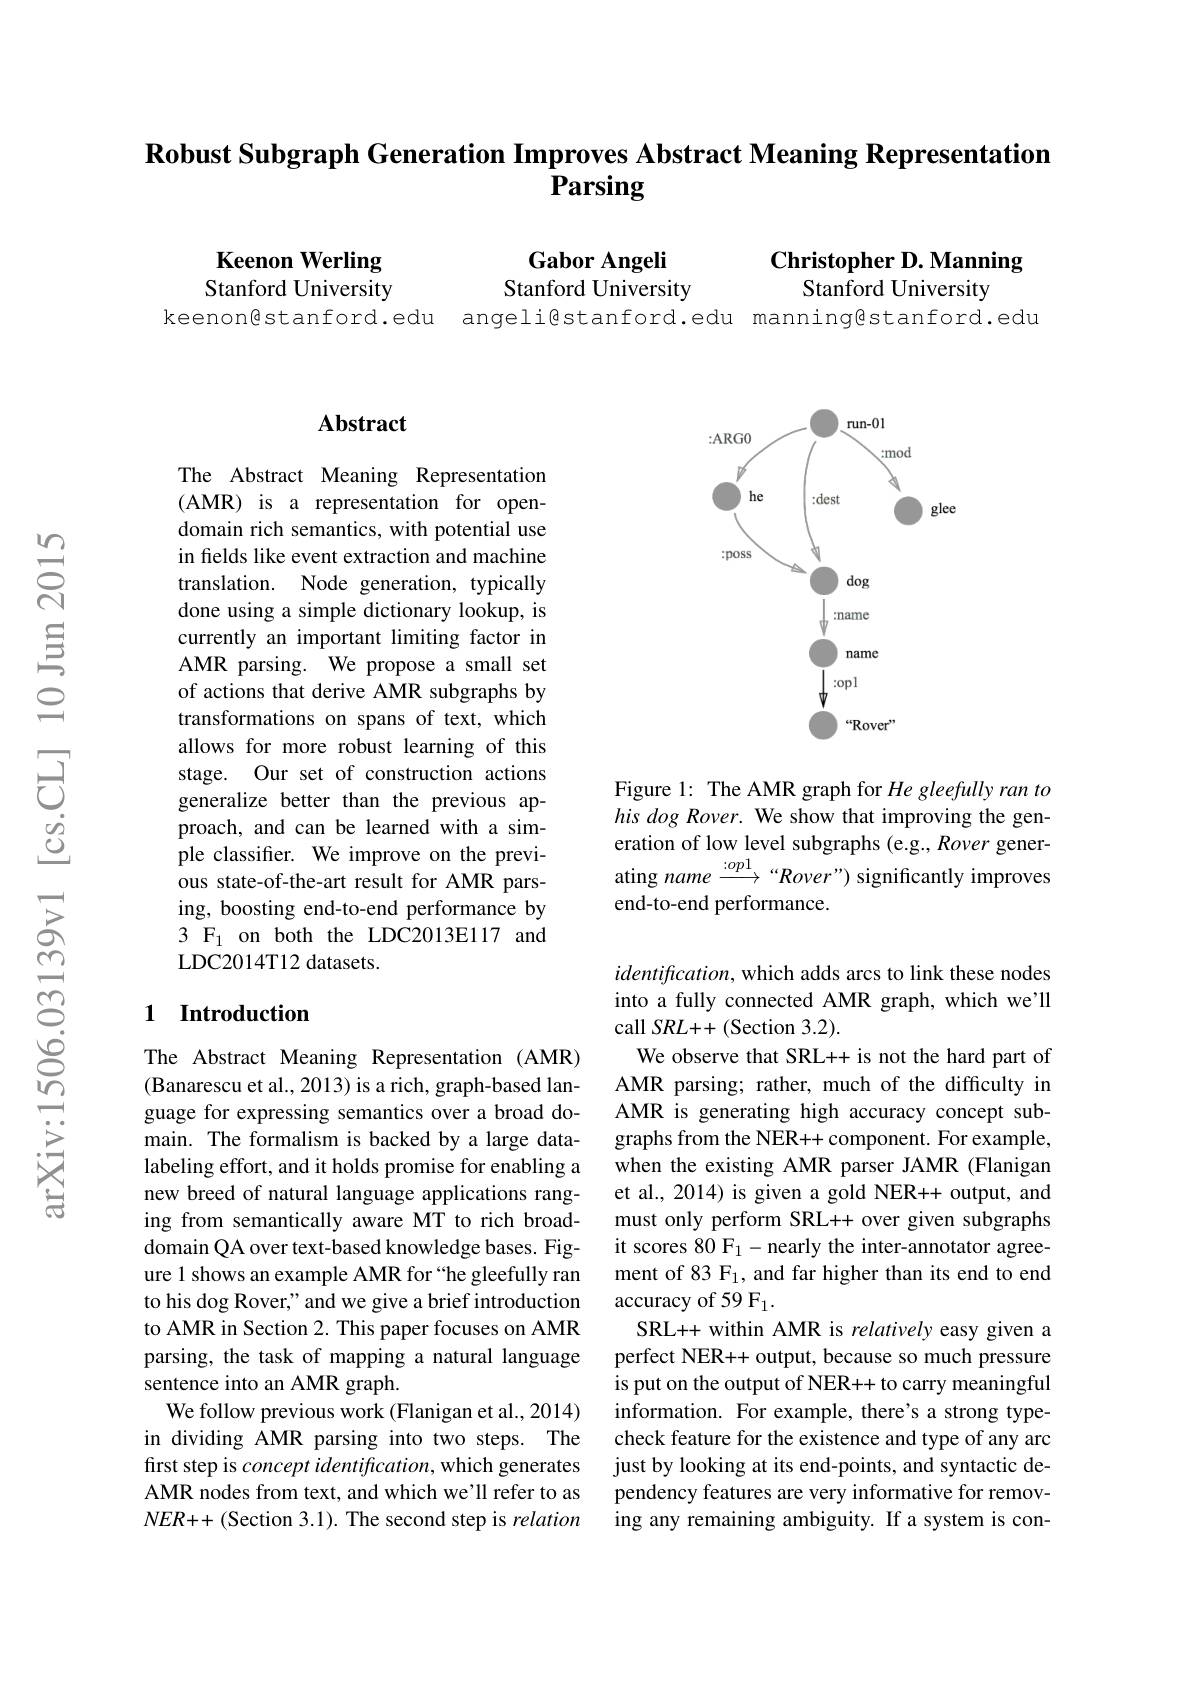
# $\textbf{Robust Subgraph Generation Improves Abstract Meaning Representation}$ Parsing

Keenon Werling

Christopher D. Manning
Stanford University

Gabor Angeli Stanford University

Stanford University

keenon@stanford.edu angeli@stanford.edu manning@stanford.edu

## Abstract

The Abstract Meaning Representation (AMR) is a representation for opendomain rich semantics, with potential use in fields like event extraction and machine translation. Node generation, typically done using a simple dictionary lookup, is currently an important limiting factor in AMR parsing. We propose a small set of actions that derive AMR subgraphs by transformations on spans of text, which allows for more robust learning of this stage. Our set of construction actions generalize better than the previous approach, and can be learned with a simple classifier. We improve on the previous state-of-the-art result for AMR parsing, boosting end-to-end performance by 3 F1 on both the LDC2013E117 and LDC2014T12 datasets.

### 1 Introduction

The Abstract Meaning Representation (AMR) (Banarescu et al., 2013) is a rich, graph-based language for expressing semantics over a broad domain. The formalism is backed by a large datalabeling effort, and it holds promise for enabling a new breed of natural language applications ranging from semantically aware MT to rich broaddomain QA over text-based knowledge bases. Figure 1 shows an example AMR for “he gleefully ran to his dog Rover," and we give a brief introduction to AMR in Section 2. This paper focuses on AMR parsing, the task of mapping a natural language sentence into an AMR graph.
We follow previous work (Flanigan et al., 2014) in dividing AMR parsing into two steps. The first step is concept identification, which generates AMR nodes from text, and which we'll refer to as $NER++($Section 3.1). The second step is relation

<FigureHere>

Figure 1: The AMR graph for He gleefully ran to his dog Rover. We show that improving the generation of low level subgraphs (e.g., Rover generating name $\xrightarrow{:op1}$ “Rover”) significantly improves end-to-end performance.

$identification$, which adds arcs to link these nodes into a fully connected AMR graph, which we'll call SRL++(Section 3.2).
We observe that SRL++ is not the hard part of AMR parsing; rather, much of the difficulty in AMR is generating high accuracy concept subgraphs from the NER++ component. For example, when the existing AMR parser JAMR (Flanigan et al., 2014) is given a gold NER++ output, and must only perform SRL++ over given subgraphs it scores 80 F$_1-$nearly the inter-annotator agreement of 83 F1, and far higher than its end to end accuracy of 59 F1.
SRL++ within AMR is relatively easy given a perfect NER++ output, because so much pressure is put on the output of NER++ to carry meaningful information. For example, there's a strong typecheck feature for the existence and type of any arc just by looking at its end-points, and syntactic dependency features are very informative for removing any remaining ambiguity. If a system is con-